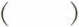
()